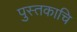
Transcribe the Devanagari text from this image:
पुस्तकाचि